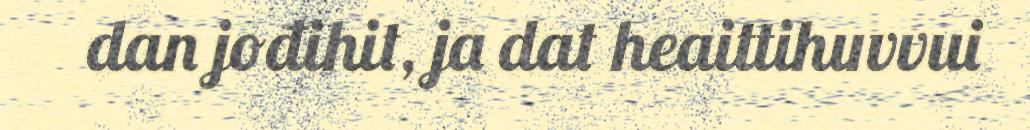
dan jođihit, ja dat heaittihuvvui